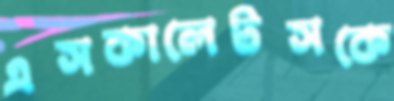
এসকালেটসকে